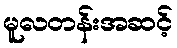
မူလတန်းအဆင့်